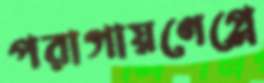
পরাগায়ণেপ্লে